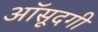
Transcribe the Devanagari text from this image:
आॅसूदगी